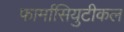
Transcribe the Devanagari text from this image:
फार्मासियुटीकल